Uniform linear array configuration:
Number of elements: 12
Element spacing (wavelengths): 1
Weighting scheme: kaiser
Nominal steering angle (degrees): -60
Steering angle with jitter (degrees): -60.854
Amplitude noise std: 0.05
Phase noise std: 0.05

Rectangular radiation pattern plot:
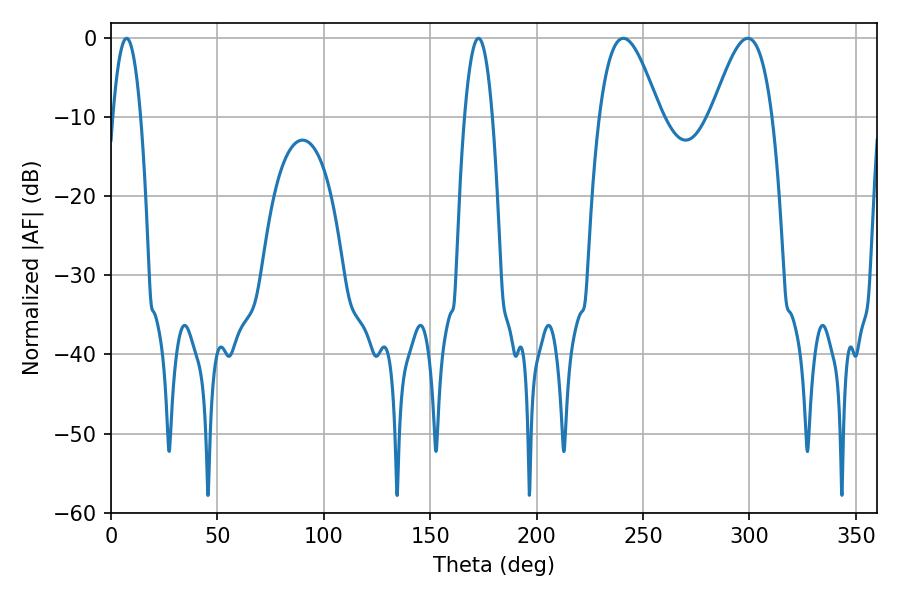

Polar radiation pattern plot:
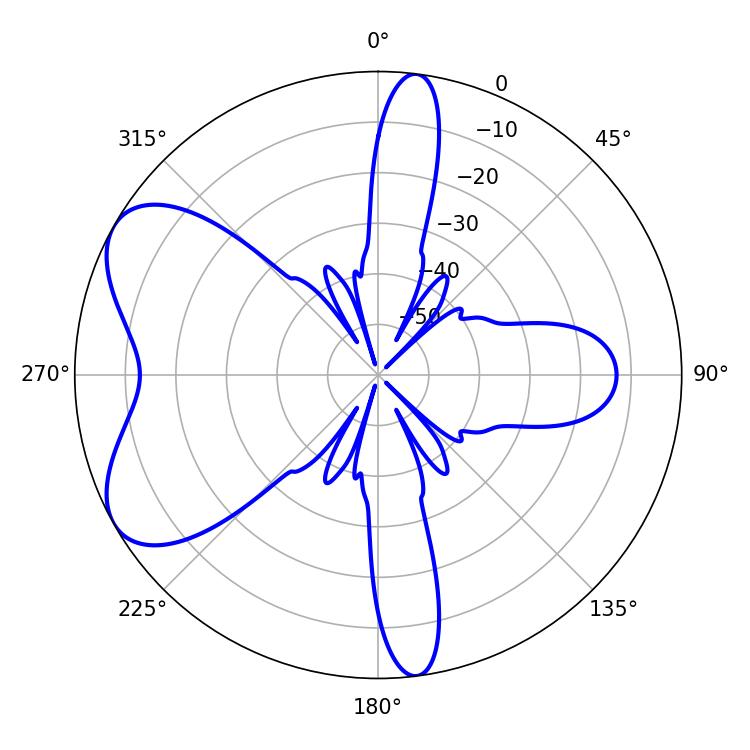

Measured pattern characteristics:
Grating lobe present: TRUE
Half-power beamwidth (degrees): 15.3
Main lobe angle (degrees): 299.16